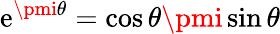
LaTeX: \mathrm{e}^{\pmi\theta}=\cos\theta\pmi\sin\theta